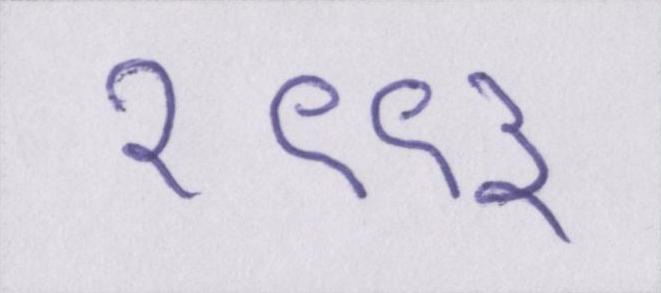
१९९३